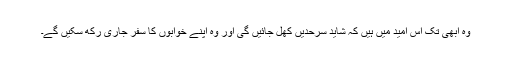
وہ ابھی تک اس امید میں ہیں کہ شاید سرحدیں کھل جائیں گی اور وہ اپنے خوابوں کا سفر جاری رکھ سکیں گے۔